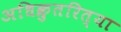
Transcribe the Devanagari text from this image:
अधिक्रुतरित्या